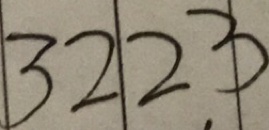
3 2 2 3